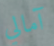
آمالي